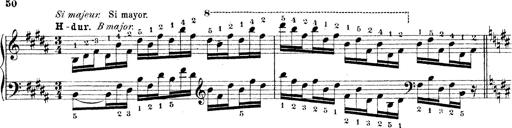
Title: Technische Studien
Composer: Franz Liszt